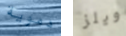
دموية ويلز